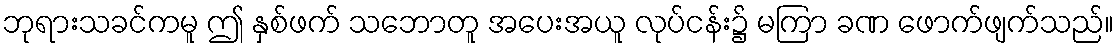
ဘုရားသခင်ကမူ ဤ နှစ်ဖက် သဘောတူ အပေးအယူ လုပ်ငန်း၌ မကြာ ခဏ ဖောက်ဖျက်သည်။